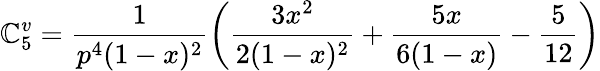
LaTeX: \mathbb{C}_{5}^{v}=\frac{{1}}{{p^{4}(1-x)^{2}}}\left(\frac{{3x^{2}}}{{2(1-x)^{2}}}+\frac{{5x}}{{6(1-x)}}-\frac{5}{{12}}\right)